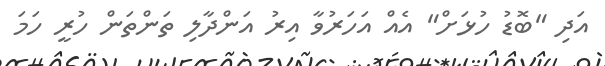
އަދި "ބޮޑު ހުޅަށް" އެއް އަހަރުވާ އިރު އަންދާލި ތަންތަން ހުރީ ހަމަ